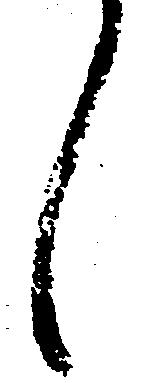
し